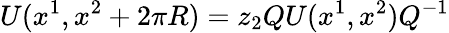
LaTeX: U(x^{1},x^{2}+2\pi R)=z_{2}QU(x^{1},x^{2})Q^{-1}